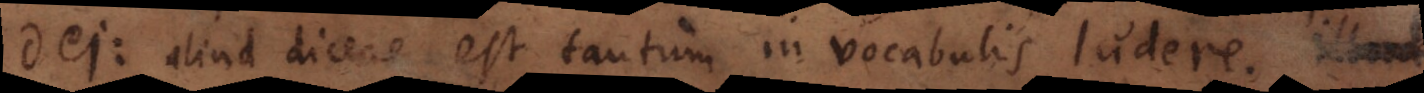
Dei: aliud dicere est tantum in vocabulis ludere. Illu